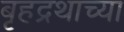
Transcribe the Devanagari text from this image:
बृहद्रथाच्या